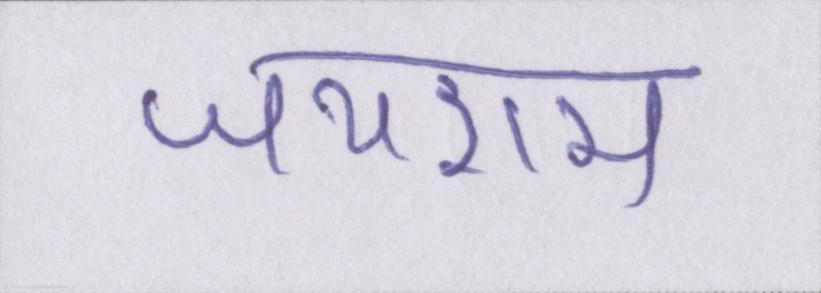
जयराम